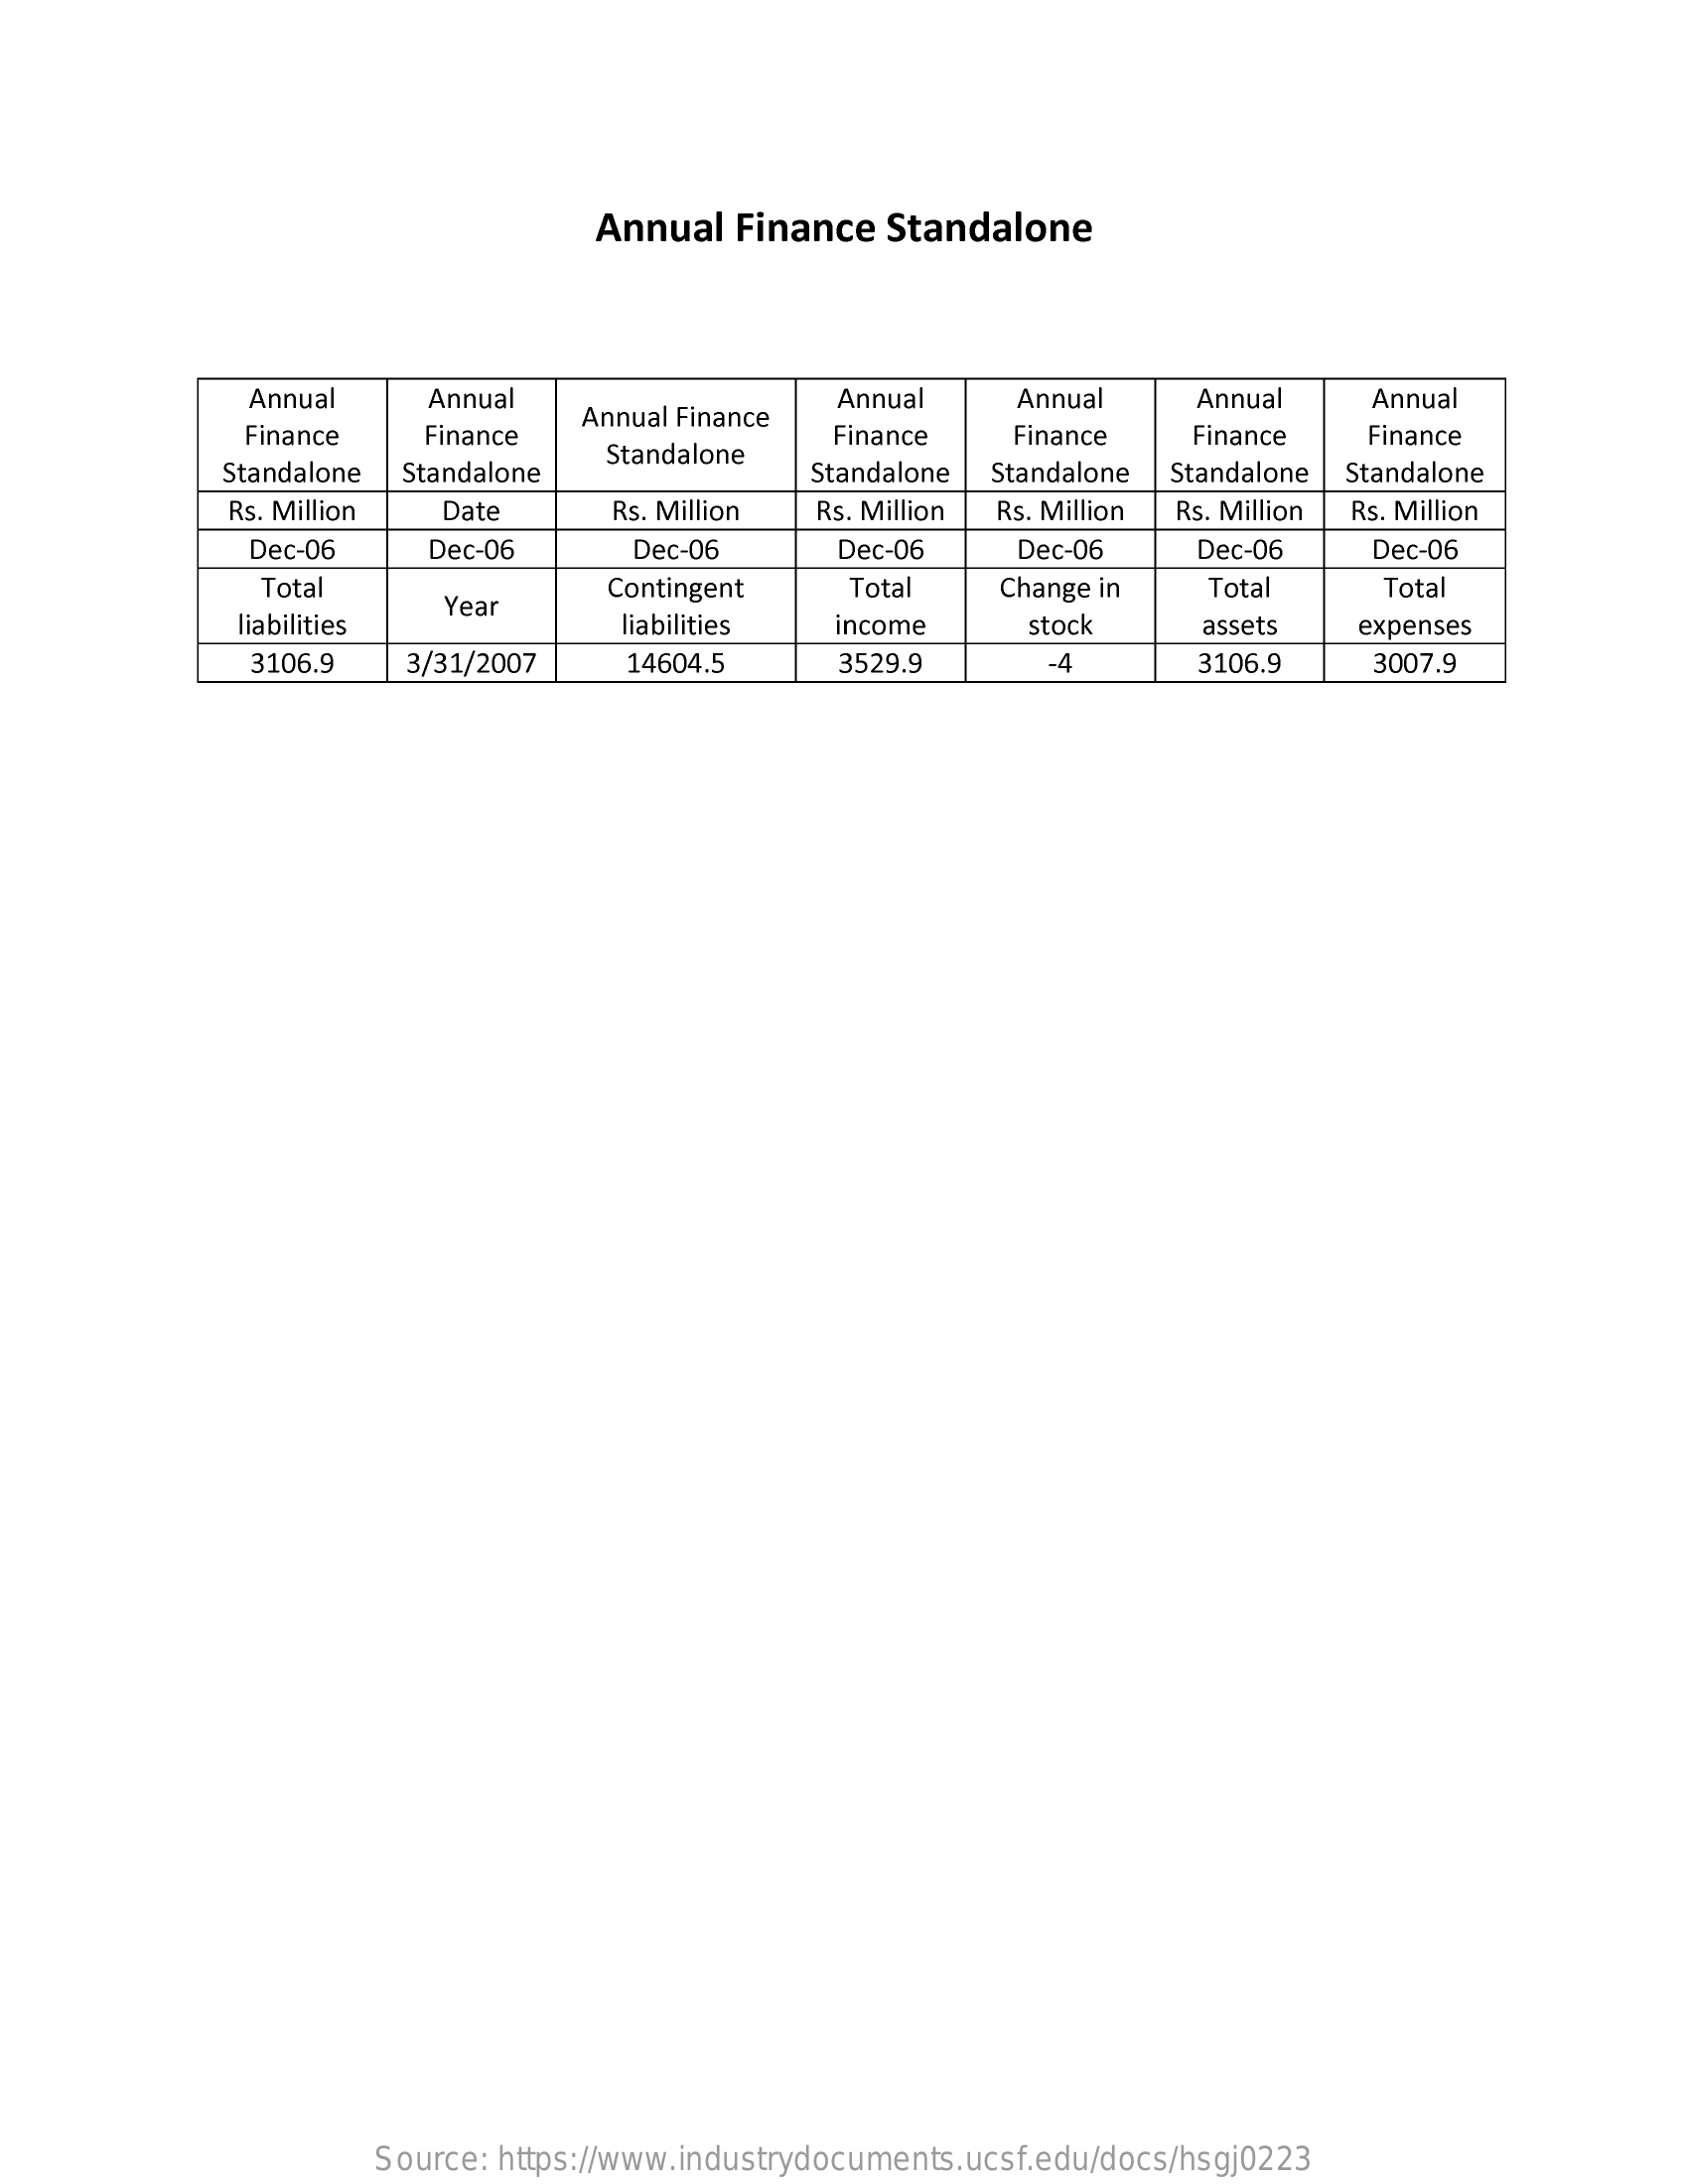
Annual Finance Standalone
     Annual   Annual    Annual   Annual    Annual
     Finance  Finance
     Annual Finance
     Annual
     Finance  Finance  Finance  Finance
     Standalone Standalone
     Standalone
     Standalone Standalone Standalone Standalone
     Rs. Million Date    Rs. Million Rs. Million Rs. Million Rs. Million Rs. Million
     Dec-06   Dec-06    Dec-06    Dec-06   Dec-06    Dec-06   Dec-06
     Total
     Year
     Contingent  Total   Change in Total    Total
     liabilities    liabilities income   stock    assets  expenses
     3106.9  3/31/2007  14604.5    3529.9    -4    3106.9   3007.9
     Source: https://www.industrydocuments.ucsf.edu/docs/hsgj0223